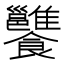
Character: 𩟷